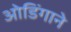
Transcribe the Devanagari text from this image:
ओडिंगाने